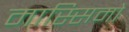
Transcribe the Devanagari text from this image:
मास्‍सिमो